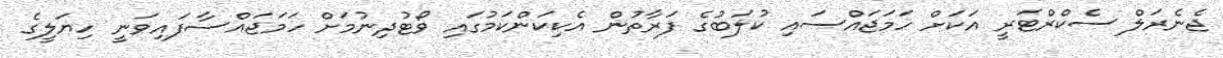
ޖެނެރަލް ސެކްރްޓަރީ އަކަށް ހަމަޖައްސައި ކުލަބުގެ ފަރާތުން އެކިކަންކަމުގައި ވޯޓުދިނުމަށް ހަމަޖައްސާފައިވަނީ ހިޔަލީގެ